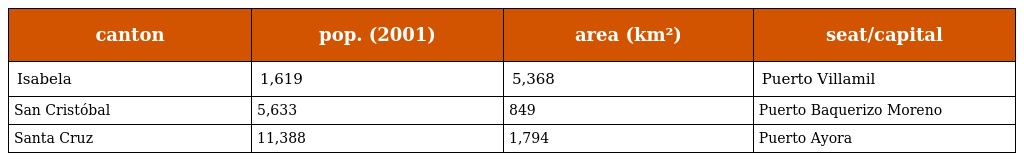
| canton | pop. (2001) | area (km²) | seat/capital |
 | --- | --- | --- | --- |
 | Isabela | 1,619 | 5,368 | Puerto Villamil |
 | San Cristóbal | 5,633 | 849 | Puerto Baquerizo Moreno |
 | Santa Cruz | 11,388 | 1,794 | Puerto Ayora |